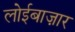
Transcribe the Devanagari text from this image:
लोईबाज़ार